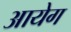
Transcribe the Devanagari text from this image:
आयेग